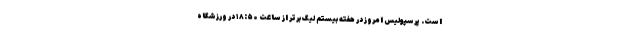
است. پرسپولیس امروز در هفته بیستم لیگ برتر از ساعت ۱۸:۵۰ در ورزشگاه